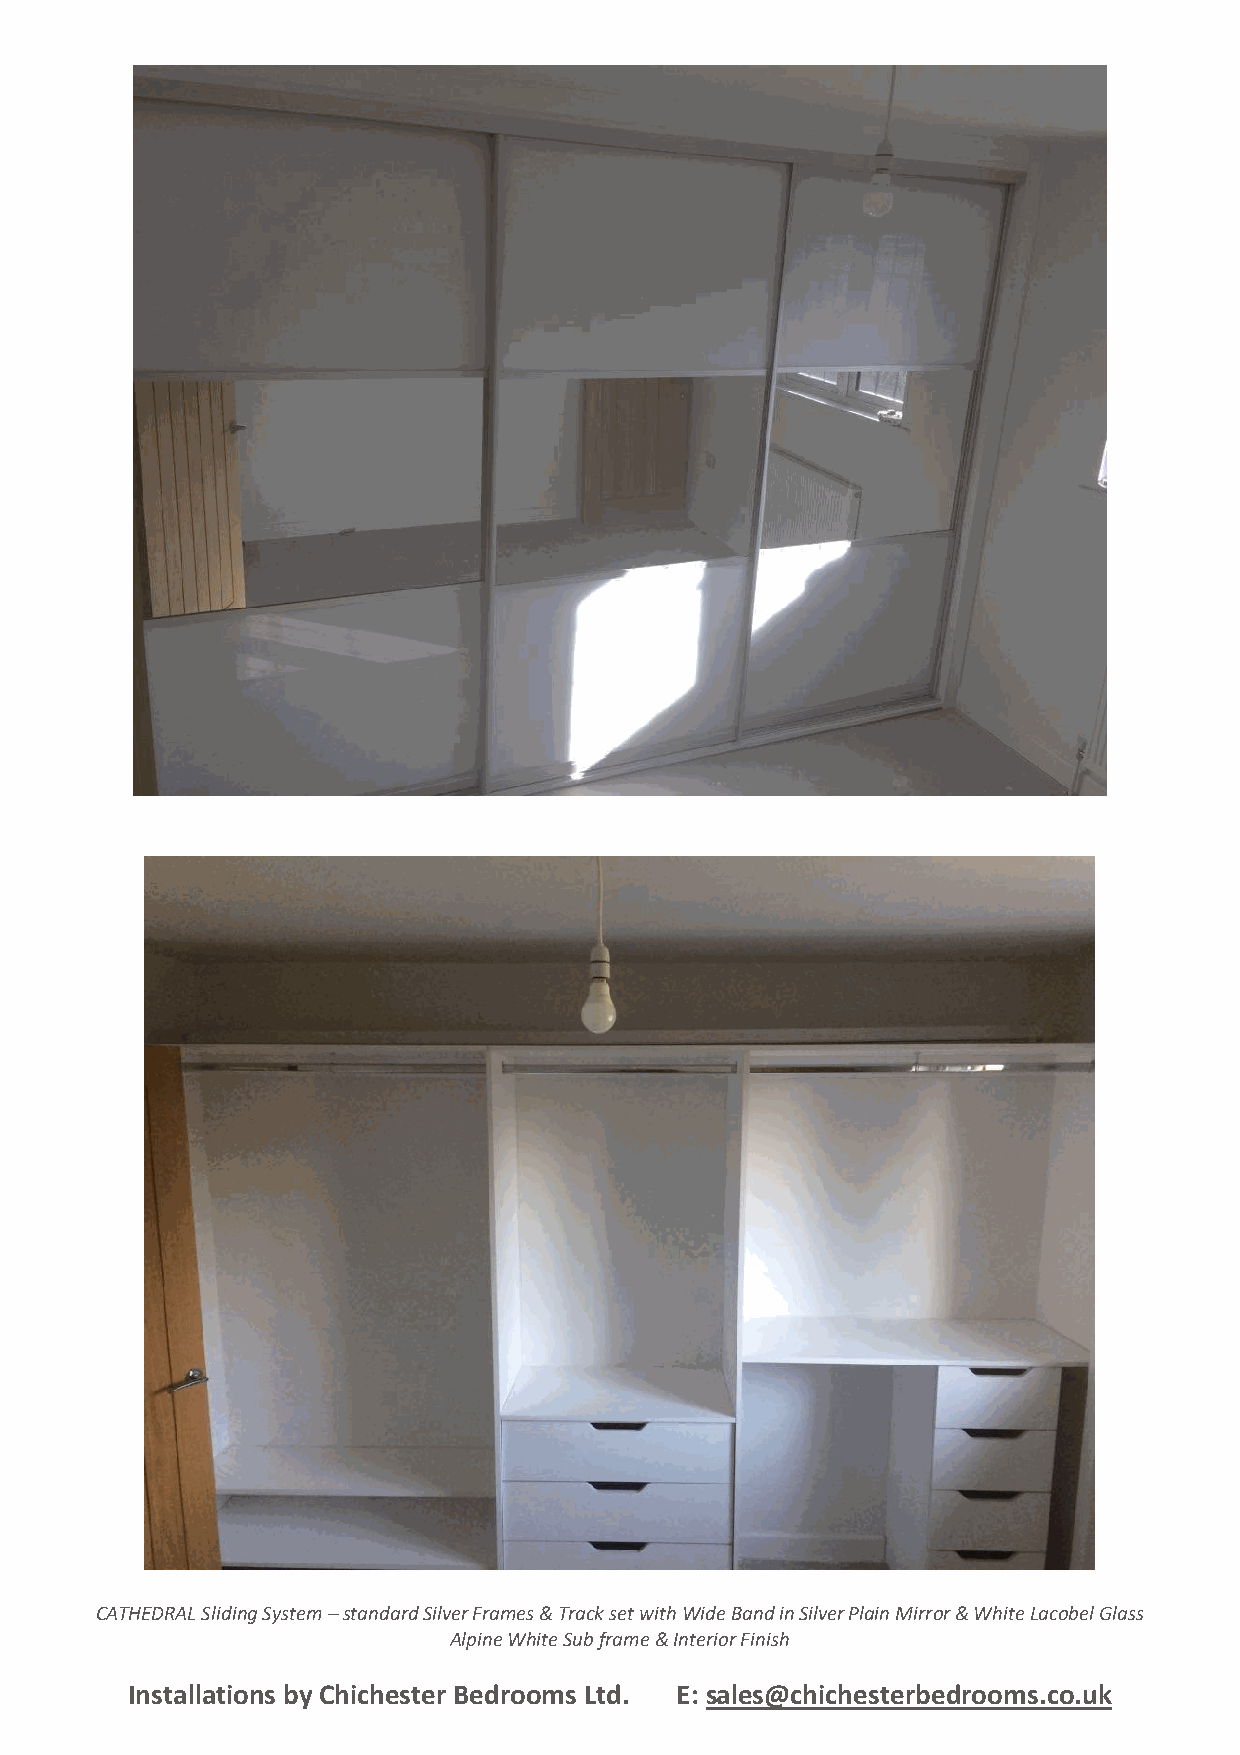
CATHEDRAL Sliding System – standard Silver Frames & Track set with Wide Band in Silver Plain Mirror & White Lacobel Glass
 Alpine White Sub frame & Interior Finish
 Installations by Chichester Bedrooms Ltd. E: sales@chichesterbedrooms.co.uk